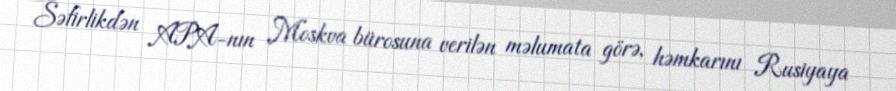
Səfirlikdən APA-nın Moskva bürosuna verilən məlumata görə, həmkarını Rusiyaya